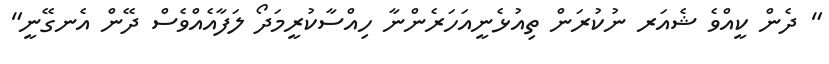
" ދެން ކީއްވެ ޝެއަރ ނުކުރަން ތިއުޅެނީއަހަރެންނާ ހިއްސާކުރީމަދޯ ލަފާއެއްވެސް ދޭން އެނގޭނީ"